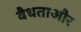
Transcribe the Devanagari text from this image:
वैधताऔर